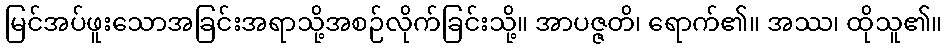
မြင်အပ်ဖူးသောအခြင်းအရာသို့အစဉ်လိုက်ခြင်းသို့။ အာပဇ္ဇတိ၊ ရောက်၏။ အဿ၊ ထိုသူ၏။